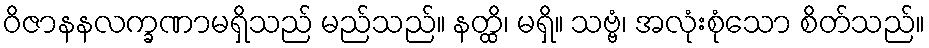
ဝိဇာနနလက္ခဏာမရှိသည် မည်သည်။ နတ္ထိ၊ မရှိ။ သဗ္ဗံ၊ အလုံးစုံသော စိတ်သည်။